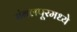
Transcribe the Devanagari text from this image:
संबलपूरमध्ये